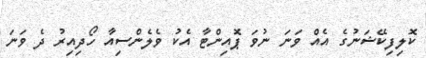
ކޮލިފިކޭޝަނުގެ އެއް ވަނަ ނުވަ ޕޮއިންޓާ އެކު ވެލެންސިއާ ހޯދިއިރު ދެ ވަނަ